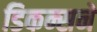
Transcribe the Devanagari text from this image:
डिकन्सने